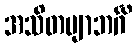
အသိတဗျာဘင်္ဂိ